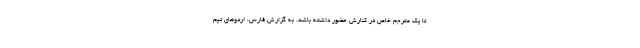
تا یک مترجم خاص در کنارش حضور داشته باشد. به گزارش فارس، اردوهای تیم